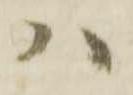
ハ